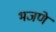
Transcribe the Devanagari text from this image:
भजणे